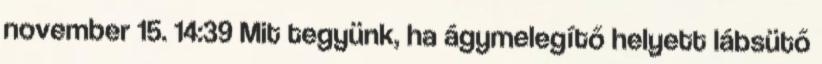
november 15. 14:39 Mit tegyünk, ha ágymelegítő helyett lábsütő